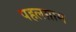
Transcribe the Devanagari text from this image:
पहलग़ाम